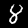
Digit: 8